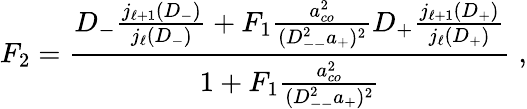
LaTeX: F_{2}=\frac{D_{-}\frac{j_{\ell+1}(D_{-})}{j_{\ell}(D_{-})}+F_{1}\frac{a_{co}^{2}}{(D_{--}^{2}a_{+})^{2}}D_{+}\frac{j_{\ell+1}(D_{+})}{j_{\ell}(D_{+})}}{1+F_{1}\frac{a_{co}^{2}}{(D_{--}^{2}a_{+})^{2}}}\; ,